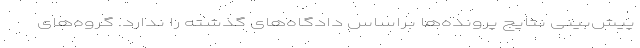
پیش‌بینی نتایج پرونده‌ها براساس دادگاه‌های گذشته را ندارد. گروه‌های